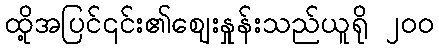
ထို့အပြင်၎င်း၏ဈေးနှုန်းသည်ယူရို ၂၀၀